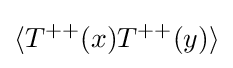
\langle T^{++}(x)T^{++}(y)\rangle